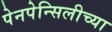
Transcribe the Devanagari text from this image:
पेनपेन्सिलीच्या